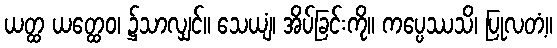
ယတ္ထ ယတ္ထေဝ၊ ၌သာလျှင်။ သေယျံ၊ အိပ်ခြင်းကို။ ကပ္ပေဿသိ၊ ပြုလတံ့။